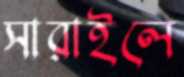
সারাইলে